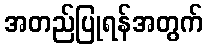
အတည်ပြုရန်အတွက်